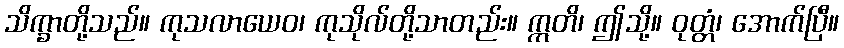
သိက္ခာတို့သည်။ ကုသလာယေဝ၊ ကုသိုလ်တို့သာတည်း။ ဣတိ၊ ဤသို့။ ဝုတ္တံ၊ အောက်ပြီ။